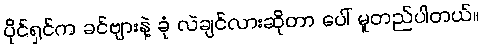
ပိုင်ရှင်က ခင်ဗျားနဲ့ ခုံ လဲချင်လားဆိုတာ ပေါ် မူတည်ပါတယ်။